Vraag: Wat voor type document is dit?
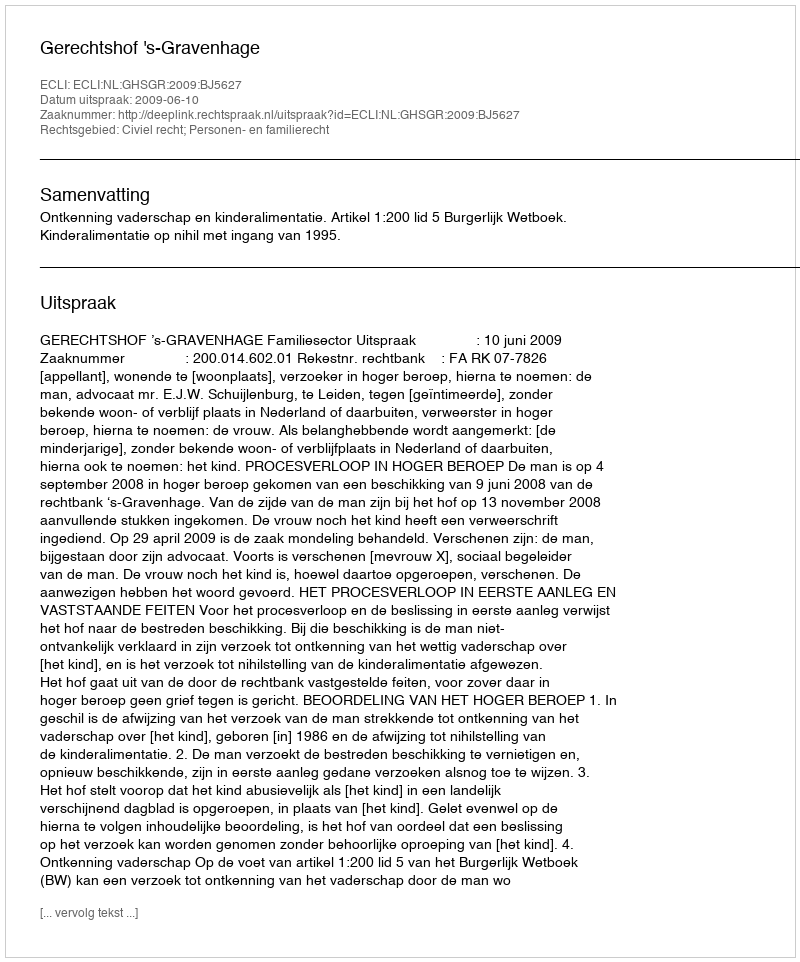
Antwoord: Uitspraak